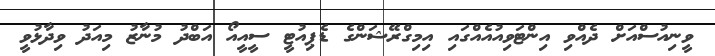
ވީނިއުސްއަށް ދެއްވި އިންޓަވިއުއެއްގައި އިމިގްރޭޝަންގެ ޑެޕިއުޓީ ސީއީއޯ އަބްދު މުނާޒު މިއަދު ވިދާޅުވީ